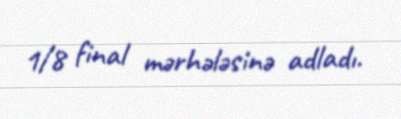
1/8 final mərhələsinə adladı.